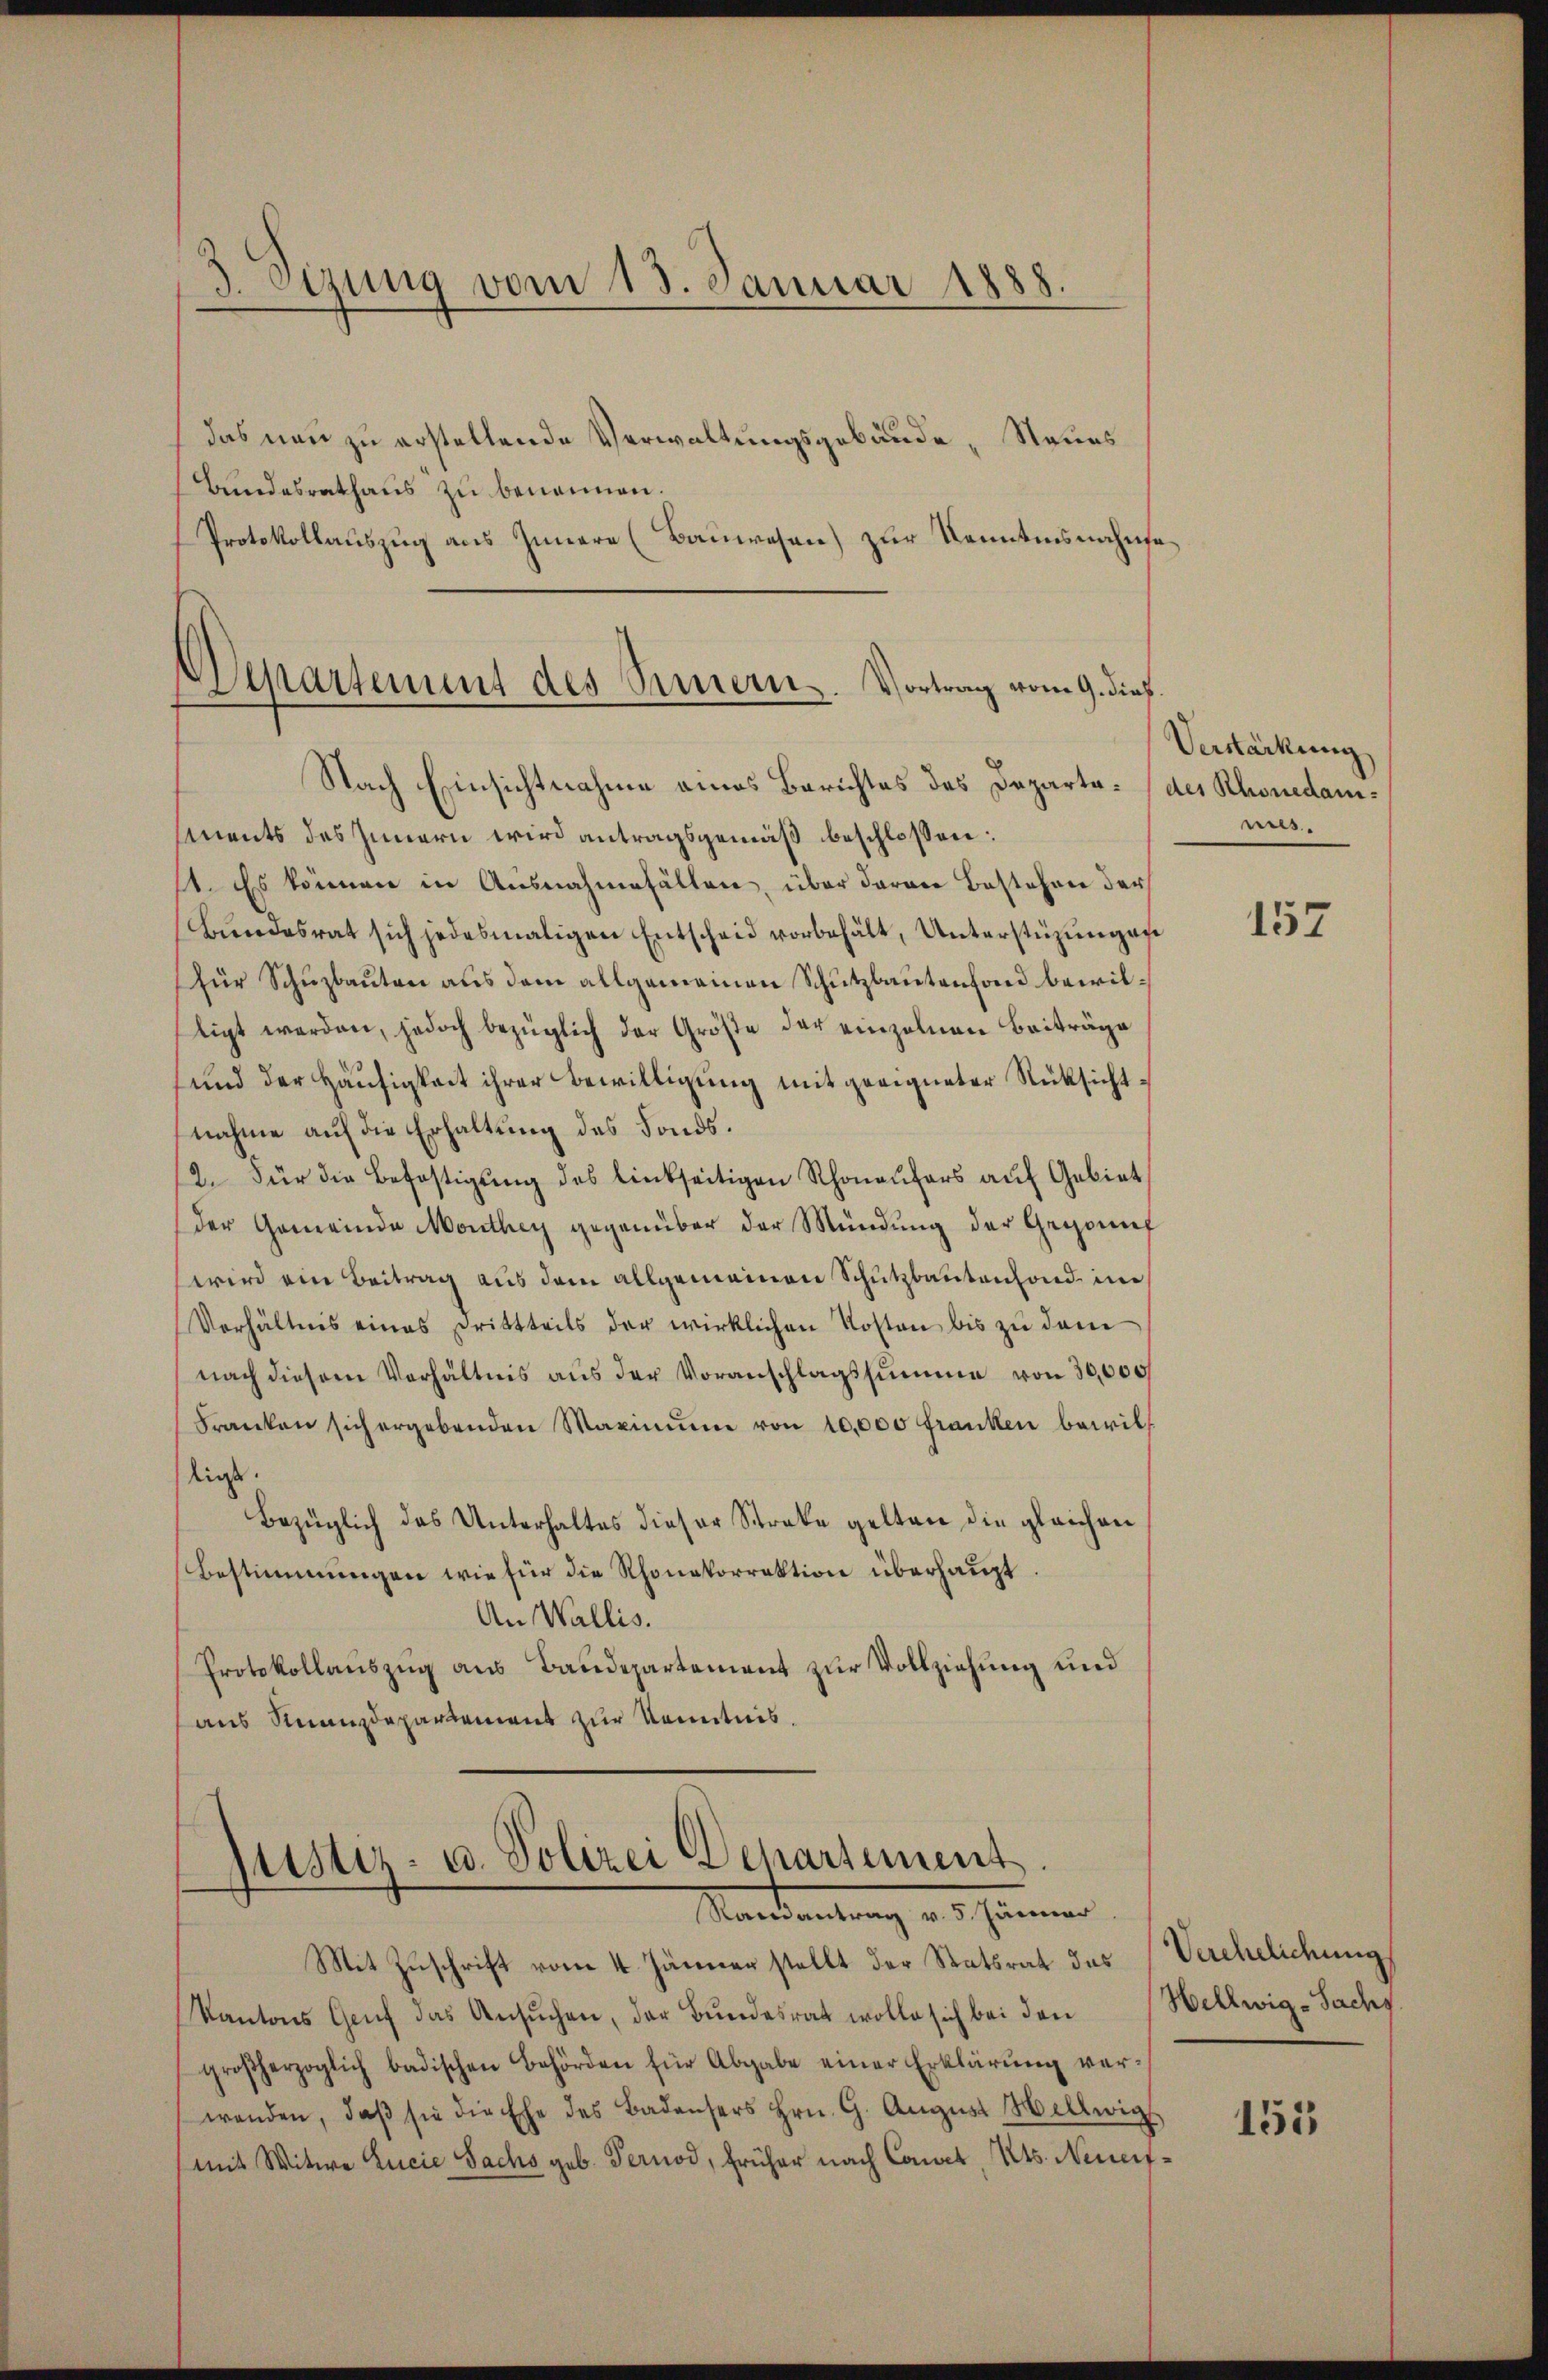
das neu zu erstellende Verwaltungsgebäude, Steues
Bundesrathaus zu benannen.
Protokollauszug aus Innere (Bauwesen) zur Kenntnisnahmse¬

3. Sizung vom 13. Januar 1888.

Departement des Simern. Vortrag vom 9. dieß

Nach Einsichtnahme eines Berichtes des Departe (des Rhonedamments des Innern wird antragsgemäß beschloßen:
1. Es können in Ausnahmefällen, über deren Bestehen der
Bundesrat sich jedesmaligen Entscheid vorbehält, Unterstüzungese
für Schuzbauten aus dem allgemeinen Schutzbautenfond bewilligt werden, jedoch bezüglich der Größe der einzelnen Beiträge
und der Häusigkeit ihrer Bewilligung mit geeigneter Rücksichtnahme auf die Erhaltung des Fonds¬
12. Für die Befestigŭng des linkseitigen Rhoneŭfers aŭf Gebiet
der Gemeinde Monthey gegenüber der Mündŭng der Gegennf
wird ein Beitrag aus dem allgemeinen Schutzbautenfond im
Verhältnis eines Drittteils der wirklichen Kosten bis zu dem
nach diesem Verhältnis aŭs der Voranschlagssumme von 30,000
Franken sich ergebenden Maximŭm von 10,000 Franken bewilligt.
Bezüglich das Unterhaltes dieser Streke gelten die gleichen
Bestimmungen wie für die Rhonakorrektion überhaupt
An Wallis.
Protokollauszug aus Baudepartement zur Vollziehung und
aus Rnanzdepartement zur Kenntnis.

justiz- u. Polizei Departement
Mandantung des Himmer

Mit Zuschrift vom 4. Jänner stellt der Statsrat des (Verehelichung
Kantons Genf das Ansŭchen, der Bundesrat wolle sich bei den
großherzoglich badischen Behörden für Abgabe einer Erklärung verwenden, daβ sie die Ehe des Badensers Hrn. G. Aŭgŭst Hellwig
mit Witwe Lucie Sachs geb. Pernod, früher nach Canct, Kts. Neueif¬

Verstärkung
nis.

157

Hellwig-Sach

155